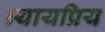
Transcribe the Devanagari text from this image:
न्‍यायप्रिय